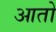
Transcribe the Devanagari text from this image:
आतो